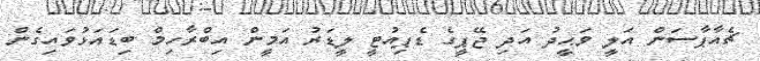
ޗެއާޕާސަން އަލީ ވަޙީދު އަދި ޖޭޕީގެ ޑެޕިއުޓީ ލީޑަރު އަމީން އިބްރާހިމް ބިޑައަޅުވައިގެން